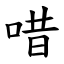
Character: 唶